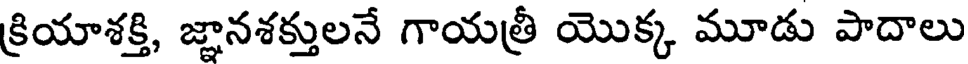
క్రియాశక్తి, జ్ఞానశక్తులనే గాయత్రీ యొక్క మూడు పాదాలు